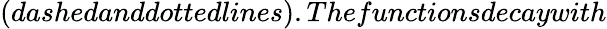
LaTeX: (dashedanddottedlines).Thefunctionsdecaywith